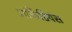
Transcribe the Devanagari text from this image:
ऑर्कैडियंस